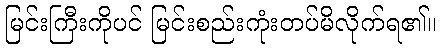
မြင်းကြီးကိုပင် မြင်းစည်းကုံးတပ်မိလိုက်ရ၏။